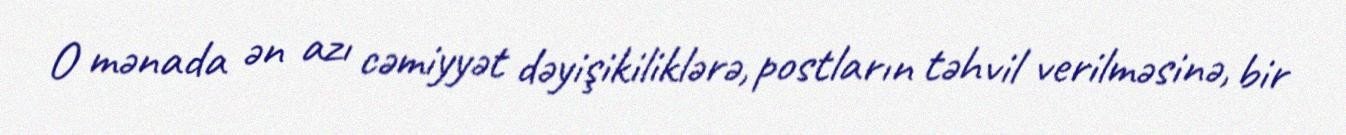
O mənada ən azı cəmiyyət dəyişikiliklərə, postların təhvil verilməsinə, bir